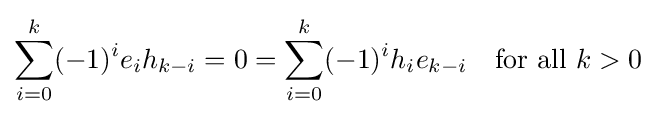
\sum _{i=0}^{k}(-1)^{i}e_{i}h_{k-i}=0=\sum _{i=0}^{k}(-1)^{i}h_{i}e_{k-i}\quad {\mbox{for all }}k>0